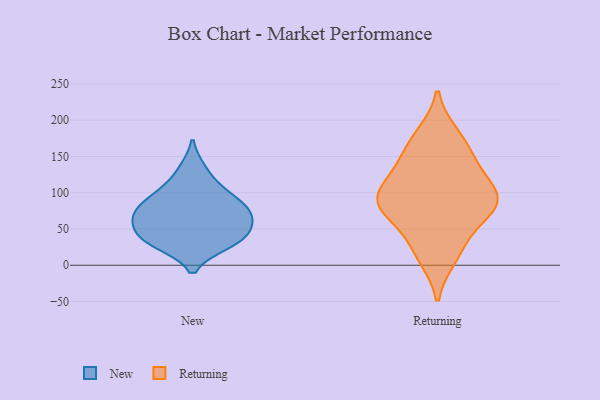
{"axis": {"x": "Operating Costs (USD K)", "y": "Value"}, "legend": ["New", "Returning"], "data": [{"x": "", "y": 80, "type": "New"}, {"x": "", "y": 55, "type": "New"}, {"x": "", "y": 69, "type": "New"}, {"x": "", "y": 132, "type": "New"}, {"x": "", "y": 32, "type": "New"}, {"x": "", "y": 98, "type": "New"}, {"x": "", "y": 30, "type": "New"}, {"x": "", "y": 72, "type": "New"}, {"x": "", "y": 101, "type": "New"}, {"x": "", "y": 41, "type": "New"}, {"x": "", "y": 70, "type": "New"}, {"x": "", "y": 37, "type": "New"}, {"x": "", "y": 112, "type": "Returning"}, {"x": "", "y": 39, "type": "Returning"}, {"x": "", "y": 83, "type": "Returning"}, {"x": "", "y": 181, "type": "Returning"}, {"x": "", "y": 86, "type": "Returning"}, {"x": "", "y": 75, "type": "Returning"}, {"x": "", "y": 134, "type": "Returning"}, {"x": "", "y": 94, "type": "Returning"}, {"x": "", "y": 155, "type": "Returning"}, {"x": "", "y": 10, "type": "Returning"}]}